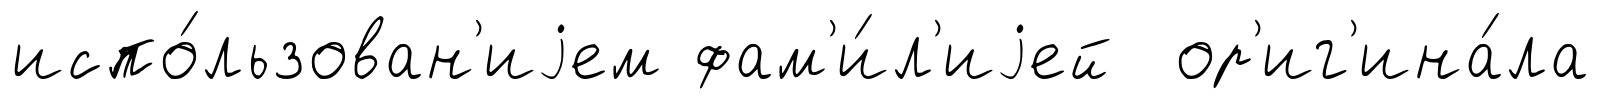
испо́льзован'иjем фам'и́л'иjей ор'иг'ина́ла